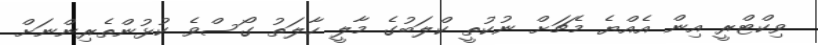
ވިކްޓްރީ އިން އެއްޔެ މެޗަށް ނުކުތީ ކްލަބުގެ މާލީ ހާލަތު ގޯސްވެ ކުޅުންތެރިންނަށް